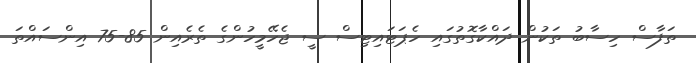
ތަފާސް ހިސާބު ތަކުން ދައްކާގޮތުގައި ހެޕަޓައިޓިސް ސީ ޖެހޭމީހުންގެ ތެރެއިން 85-75 އިންސައްތަ